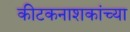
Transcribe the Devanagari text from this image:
कीटकनाशकांच्या